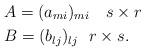
LaTeX: \begin{align*}&A=(a_{mi})_{mi}\ \ \ s\times r\\&B=(b_{lj})_{lj}\ \ r\times s.\end{align*}